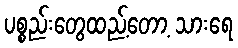
ပစ္စည်းတွေထည့်တော့ သားရေ